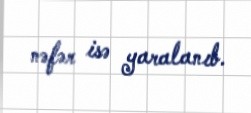
nəfər isə yaralanıb.